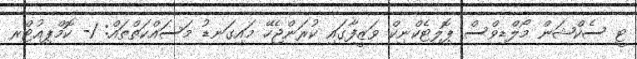
ޓީ ސެކްޝަން މޯލްޑިވްސް ޕޮލިޓެކްނިކް ވަޒީފާގައި ކުރަންޖެހޭ މައިގަނޑު މަސައްކަތްތައް: 1- ކޮމްޕިއުޓްރ